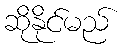
ဆိုနိုင်မည်